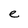
Character: e